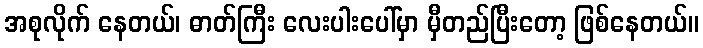
အစုလိုက် နေတယ်၊ ဓာတ်ကြီး လေးပါးပေါ်မှာ မှီတည်ပြီးတော့ ဖြစ်နေတယ်။